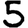
Digit: 5